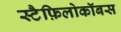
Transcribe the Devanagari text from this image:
स्टैफ़िलोकॉबस